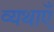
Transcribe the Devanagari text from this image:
व्यथाएँ